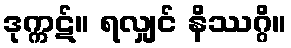
ဒုက္ကဋ်။ ရလျှင် နိဿဂ္ဂိ။